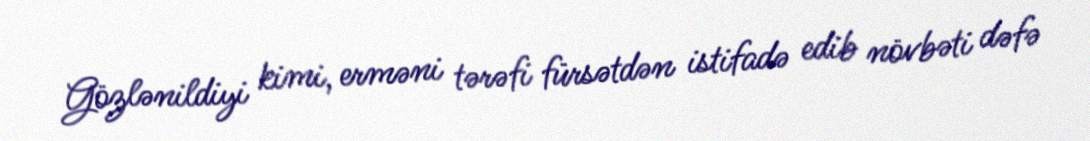
Gözlənildiyi kimi, erməni tərəfi fürsətdən istifadə edib növbəti dəfə